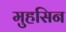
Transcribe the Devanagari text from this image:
मुहसिन